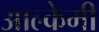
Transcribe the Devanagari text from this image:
आल्‍केमी